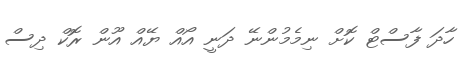
ހާދަ ފާސްޓް ކޮށް ނިމެމުންނޭ ދަނީ އޯއް ޔޭއް އޫން ރޮކް ދިސް